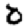
Digit: 0